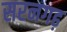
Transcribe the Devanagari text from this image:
सरनगढ़